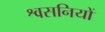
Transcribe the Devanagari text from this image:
श्वसनियों